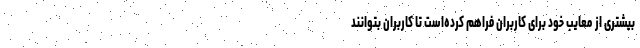
بیشتری از معایب خود برای کاربران فراهم کرده‌است تا کاربران بتوانند